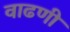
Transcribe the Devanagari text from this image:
वाढणी